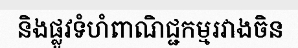
និងផ្លូវទំហំពាណិជ្ជកម្មរវាងចិន